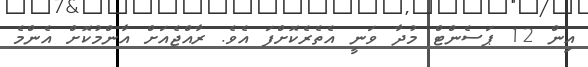
އިން 12 ޕަސެންޓް މުދާ ވަނީ އެތެރެކޮށްފަ އެވެ. ރާއްޖެއަށް އާންމުކޮށް އެންމެ